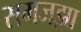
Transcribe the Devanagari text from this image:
समजझा